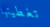
تغطيتها